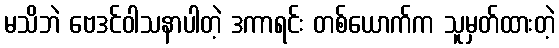
မသိဘဲ ဗေဒင်ဝါသနာပါတဲ့ ဒကာရင်း တစ်ယောက်က သူမှတ်ထားတဲ့